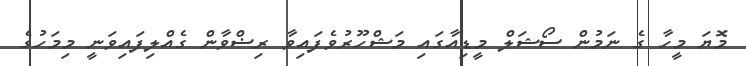
މޮޔަ މީހާ ގެ ނަމުން ސޯޝަލް މީޑިއާގައި މަޝްހޫރުވެފައިވާ ރިޟްވާން ގެއްލިފައިވަނީ މިމަހުގެ